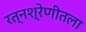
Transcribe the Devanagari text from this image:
रत्नश्रेणीतला